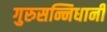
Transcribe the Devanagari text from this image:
गुरुसन्निधानी